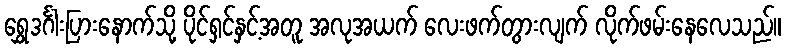
ရွှေဒင်္ဂါးပြားနောက်သို့ ပိုင်ရှင်နှင့်အတူ အလုအယက် လေးဖက်တွားလျက် လိုက်ဖမ်းနေလေသည်။